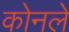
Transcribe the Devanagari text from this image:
कोनले